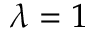
\lambda = 1